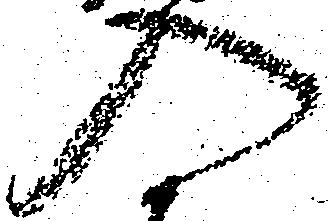
入